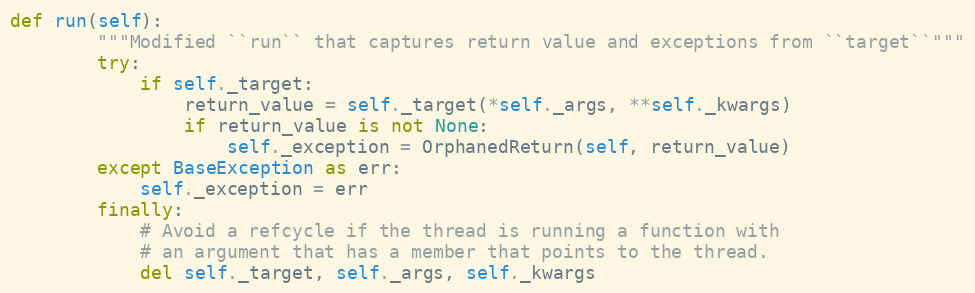
Language: Python
def run(self):
        """Modified ``run`` that captures return value and exceptions from ``target``"""
        try:
            if self._target:
                return_value = self._target(*self._args, **self._kwargs)
                if return_value is not None:
                    self._exception = OrphanedReturn(self, return_value)
        except BaseException as err:
            self._exception = err
        finally:
            # Avoid a refcycle if the thread is running a function with
            # an argument that has a member that points to the thread.
            del self._target, self._args, self._kwargs